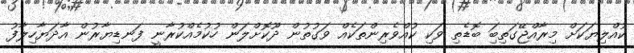
ކުއްލިޔަކަށް މިރާއްޖޭގަތިބަި ބޮޑެތި ވަކި ކުއްވެރިންތަކެއް ވަގުތުން ދޫކޮށްލަން ހުކުމެއްކުރާނީ ފަނޑިޔާރުން އާދަޔާހިލާފު